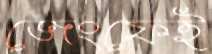
জেংফেই